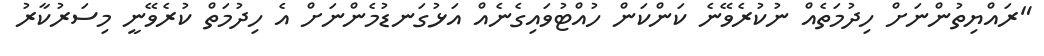
"ރައްޔިތުންނަށް ހިދުމަތެއް ނުކުރެވޭނެ ކަންކަން ހުއްޓުވައިގެނެއް އަޅުގަނޑުމެންނަށް އެ ހިދުމަތް ކުރެވޭނީ މިސަރުކާރު